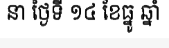
នា ថ្ងៃទី ១៤ ខែធ្នូ ឆ្នាំ